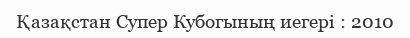
Қазақстан Супер Кубогының иегері : 2010